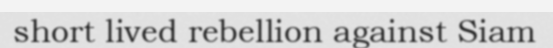
short lived rebellion against Siam